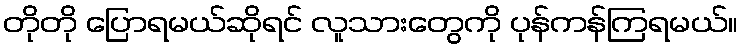
တိုတို ပြောရမယ်ဆိုရင် လူသားတွေကို ပုန်ကန်ကြရမယ်။